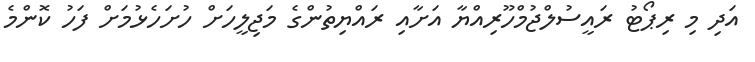
އަދި މި ރިޕޯޓު ރައީސުލްޖުމްހޫރިއްޔާ އަށާއި ރައްޔިތުންގެ މަޖިލީހަށް ހުށަހެޅުމަށް ފަހު ކޮންމެ